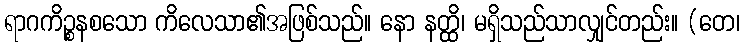
ရာဂကိဉ္စနစသော ကိလေသာ၏အဖြစ်သည်။ နော နတ္ထိ၊ မရှိသည်သာလျှင်တည်း။ (တေ၊